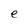
Character: e